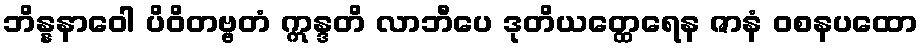
ဘိန္နနာဝေါ ပိဝိတဗ္ဗတံ ဣန္ဒတိ လာဘီပေ ဒုတိယတ္ထေရေန ဇာနံ ဝစနပထော